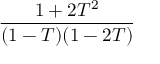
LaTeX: \frac { 1 + 2 T ^ { 2 } } { ( 1 - T ) ( 1 - 2 T ) }